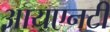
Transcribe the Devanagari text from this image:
आयएनटी